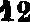
12